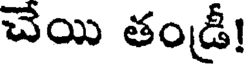
చెయి తండ్రీ!